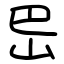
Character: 岊